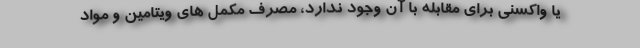
یا واکسنی برای مقابله با آن وجود ندارد، مصرف مکمل های ویتامین و مواد